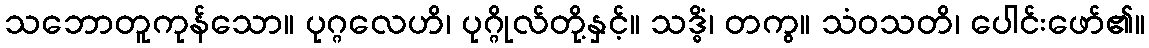
သဘောတူကုန်သော။ ပုဂ္ဂလေဟိ၊ ပုဂ္ဂိုလ်တို့နှင့်။ သဒ္ဓိံ၊ တကွ။ သံဝသတိ၊ ပေါင်းဖော်၏။